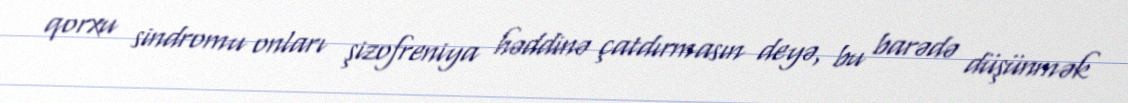
qorxu sindromu onları şizofreniya həddinə çatdırmasın deyə, bu barədə düşünmək